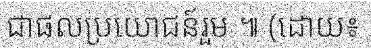
ជាផលប្រយោជន៍រួម ៕ (ដោយ៖